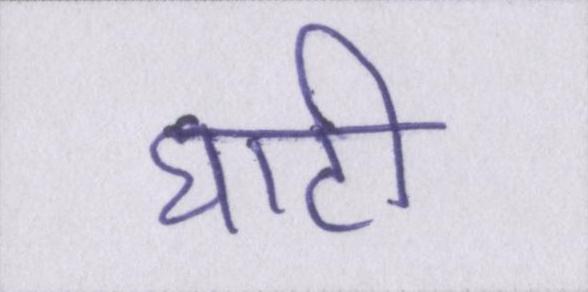
घाटी